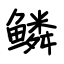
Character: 鳞